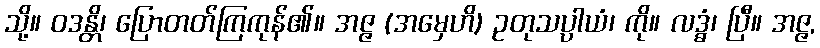
သို့။ ဝဒန္တိ၊ ပြောတတ်ကြကုန်၏။ အဇ္ဇ (အမှေဟိ) ဥတုသပ္ပါယံ၊ ကို။ လဒ္ဓံ၊ ပြီ။ အဇ္ဇ,